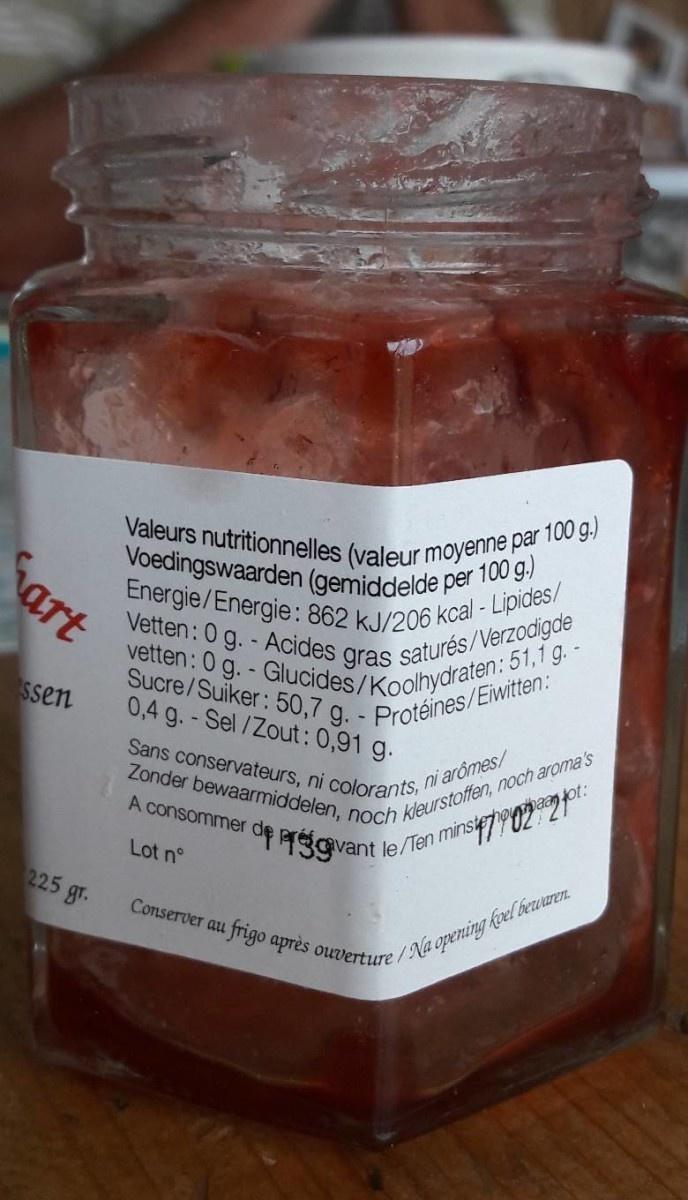
art
ssen
225 gr.
Valeurs nutritionnelles (valeur moyenne par 100 g.) Energie/Energie: 862 kJ/206 kcal - Lipides/ Voedingswaarden (gemiddelde per 100 g.) Vetten: 0 g.- Acides gras saturés/Verzodigde vetten: 0 g. - Glucides/Koolhydraten: 51,1 g. - Sucre/Suiker: 50,7 g. - Protéines/Eiwitten:
0,4 g. - Sel/Zout: 0,91 g.
Sans conservateurs, ni colorants, ni arômes/ Zonder bewaarmiddelen, noch kleurstoffen, noch aroma's
A consommer de preva
fot:
Lot nº
vant le/Ten minste
Conserver au frigo après ouverture/Na opening koel bewaren.